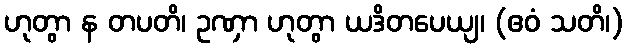
ဟုတွာ န တပတိ၊ ဥဏှာ ဟုတွာ ယဒိတပေယျ၊ (ဧဝံ သတိ၊)